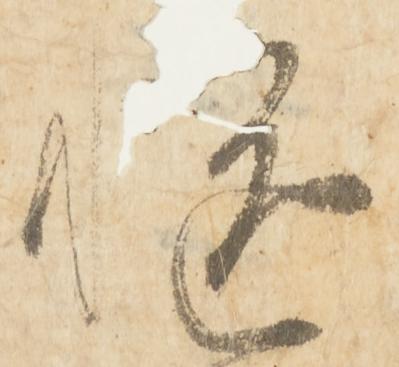
慥